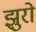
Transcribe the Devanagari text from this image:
झुरो